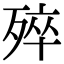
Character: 𣨛